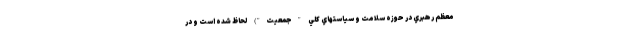
معظم رهبري در حوزه سلامت و سياستهاي كلي "جمعيت") لحاظ شده است و در